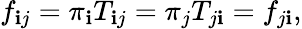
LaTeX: f_{\mathbf{i}j}=\pi_{\mathbf{i}}T_{\mathbf{i}j}=\pi_{j}T_{j\mathbf{i}}=f_{j\mathbf{i}},